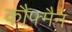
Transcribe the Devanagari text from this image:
कौफ्मैन